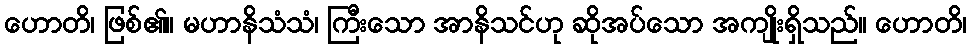
ဟောတိ၊ ဖြစ်၏။ မဟာနိသံသံ၊ ကြီးသော အာနိသင်ဟု ဆိုအပ်သော အကျိုးရှိသည်။ ဟောတိ၊